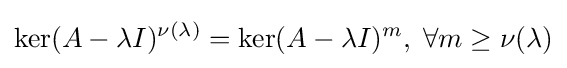
\ker(A-\lambda I)^{\nu (\lambda )}=\ker(A-\lambda I)^{m},\;\forall m\geq \nu (\lambda )